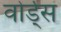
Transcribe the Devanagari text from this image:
वोर्ड्स